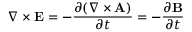
\nabla \times \mathbf { E } = - { \frac { \partial ( \nabla \times \mathbf { A } ) } { \partial t } } = - { \frac { \partial \mathbf { B } } { \partial t } }